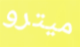
ميترو